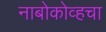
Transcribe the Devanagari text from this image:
नाबोकोव्हचा